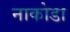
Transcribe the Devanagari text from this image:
नाकोडा